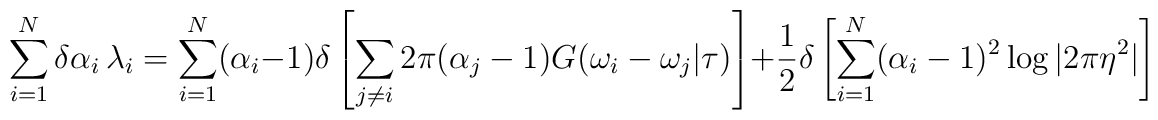
\sum_{i=1}^{N} \delta \alpha_{i} \, \lambda_{i} = \sum_{i=1}^{N}(\alpha_{i} -1) \delta \left[ \sum_{j \neq i} 2\pi (\alpha_{j} -1)G(\omega_{i} -\omega_{j} | \tau) \right] + \frac{1}{2} \delta \left[\sum_{i=1}^{N} (\alpha_{i} -1)^{2} \log |2\pi \eta^{2} | \right]